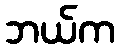
ဘယ်က